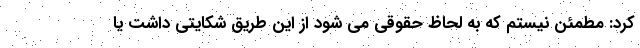
کرد: مطمئن نیستم که به لحاظ حقوقی می شود از این طریق شکایتی داشت یا